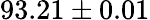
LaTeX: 93.21\pm 0.01